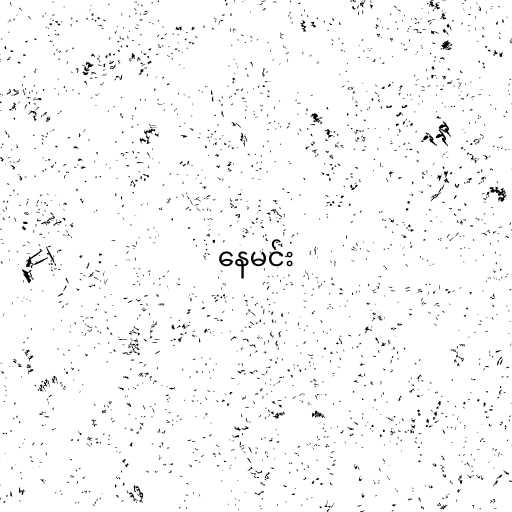
နေမင်း